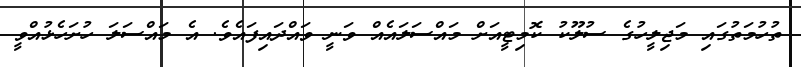
ތުހުމަތުގައި މަޖިލީހުގެ ސުލޫކު ކޮމިޓީއަށް މައްސަލައެއް ވަނީ ވައްދައިފައެވެ. އެ މައްސަލަ ހުށަހެޅުއްވީ